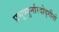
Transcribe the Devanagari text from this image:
प्रभूष्णुर्नारदोद्गीतो